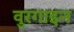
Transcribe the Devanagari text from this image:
वुरगाइन